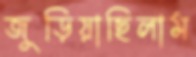
জুড়িয়াছিলাম